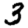
Digit: 3